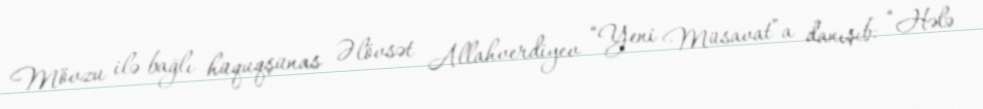
Mövzu ilə bağlı hüquqşünas Əlövsət Allahverdiyev “Yeni Müsavat”a danışıb: “Hələ